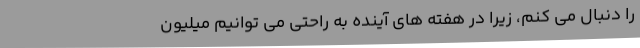
را دنبال می کنم، زیرا در هفته های آینده به راحتی می توانیم میلیون